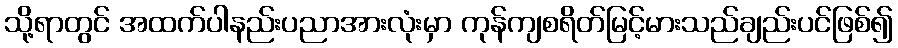
သို့ရာတွင် အထက်ပါနည်းပညာအားလုံးမှာ ကုန်ကျစရိတ်မြင့်မားသည်ချည်းပင်ဖြစ်၍